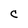
Character: C